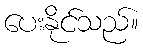
ပေးနိုင်သည်။